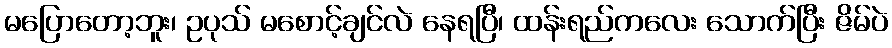
မပြောတော့ဘူး၊ ဥပုသ် မစောင့်ချင်လဲ နေရပြီ၊ ထန်းရည်ကလေး သောက်ပြီး ဇိမ်ပဲ